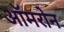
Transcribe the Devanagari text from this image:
ऑमरोन